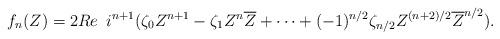
LaTeX: \begin{align*} f_{n}(Z) = 2Re\enskip i^{n+1}(\zeta_0Z^{n+1} - \zeta_1Z^{n}\overline{Z} + \dots + (-1)^{n/2}\zeta_{n/2}Z^{(n+2)/2}\overline{Z}^{n/2} ).\end{align*}